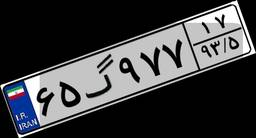
۶۵گ۹۷۷۱۷